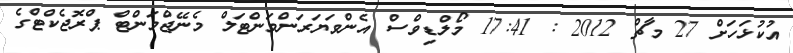
އުކުޅަހަށް 27 މާޗް 2012 : 17:41 މޯލްޑިވްސް އެންވަޔަރަންމަންޓަލް މެނޭޖްމަންޓް ޕްރޮޖެކްޓްގެ